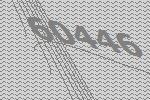
60446